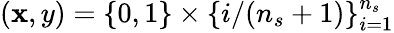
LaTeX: (\mathbf{x},y)=\{ 0,1\} \times\{ i/(n_{s}+1)\} _{i=1}^{n_{s}}